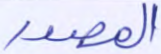
المصدر